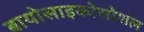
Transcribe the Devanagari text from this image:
बायोसाइकोसोशल